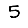
Digit: 5